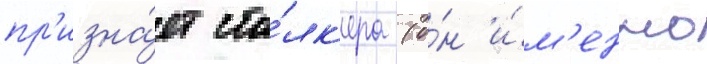
пр'изна́ет ста́лк'ера (о́н и́м'енно